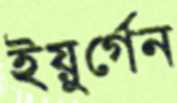
ইয়ুর্গেন